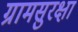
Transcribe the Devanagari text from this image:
ग्रामसुरक्षा